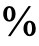
%